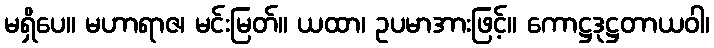
မရှိပေ။ မဟာရာဇ၊ မင်းမြတ်။ ယထာ၊ ဥပမာအားဖြင့်။ ကောဋ္ဌဒုဋ္ဌတာယဝါ၊